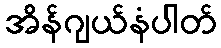
အိန်ဂျယ်နံပါတ်